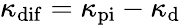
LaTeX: \kappa_{\mathrm{dif}}=\kappa_{\mathrm{pi}}-\kappa_{\mathrm{d}}